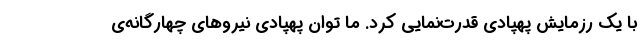
با یک رزمایش پهپادی قدرت‌نمایی کرد. ما توان پهپادی نیروهای چهارگانه‌ی